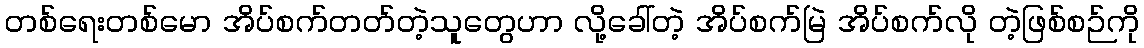
တစ်ရေးတစ်မော အိပ်စက်တတ်တဲ့သူတွေဟာ လို့ခေါ်တဲ့ အိပ်စက်မြဲ အိပ်စက်လို တဲ့ဖြစ်စဉ်ကို